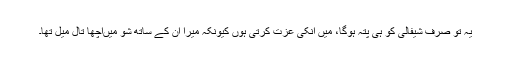
یہ تو صرف شیفالی کو ہی پتہ ہوگا، میں انکی عزت کرتی ہوں کیونکہ میرا ان کے ساتھ شو میںاچھا تال میل تھا۔